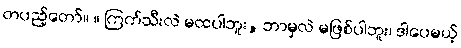
တပည့်တော်။ ။ ကြက်သီးလဲ မထပါဘူး, ဘာမှလဲ မဖြစ်ပါဘူး၊ ဒါပေမယ့်